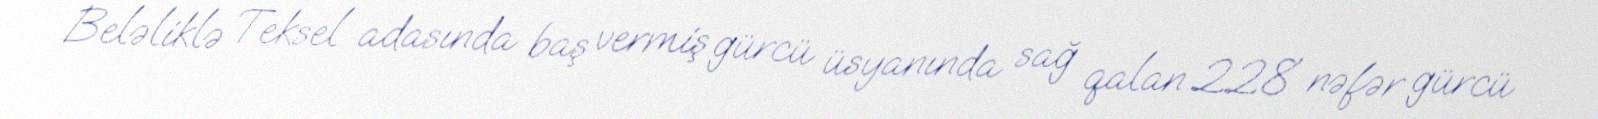
Beləliklə Teksel adasında baş vermiş gürcü üsyanında sağ qalan 228 nəfər gürcü